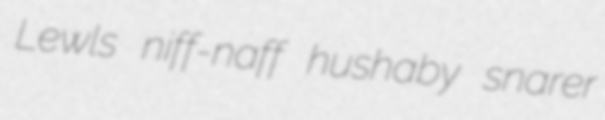
Lewls niff-naff hushaby snarer